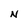
Character: N